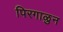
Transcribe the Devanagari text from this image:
पिरगाळुन